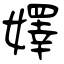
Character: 嬕